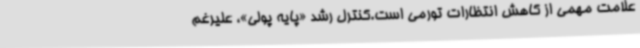
علامت مهمی از کاهش انتظارات تورمی است.کنترل رشد «پایه پولی»، علیرغم